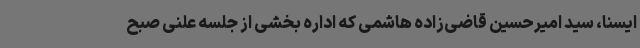
ایسنا، سید امیرحسین قاضی‌زاده هاشمی که اداره بخشی از جلسه علنی صبح